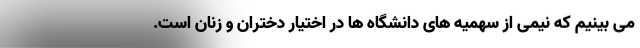
می بینیم که نیمی از سهمیه های دانشگاه ها در اختیار دختران و زنان است.